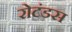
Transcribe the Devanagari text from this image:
रोटंडस